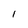
Character: I